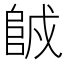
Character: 𨹇